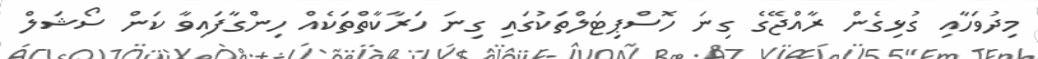
މިދުވަހާއި ގުޅިގެން ރާއްޖޭގެ ގިނަ ހޮސްޕިޓަލްތަކުގައި ގިނަ ހަރާކާތްތަކެއް ހިންގާފައިވާ ކަން ސޯޝަލް